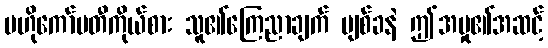
ဗဟိုကော်မတီကိုယ်စား သူ၏ကြေညာချက် ပျစ်ခနဲ ဤအမှု၏အဆင့်